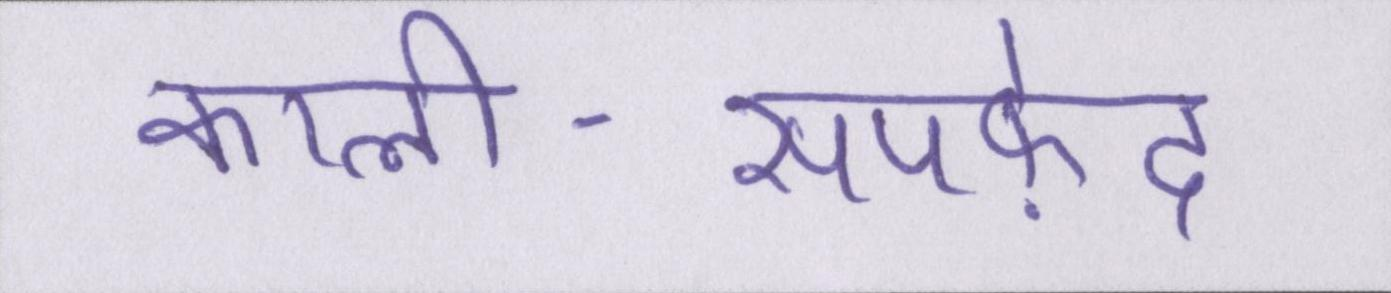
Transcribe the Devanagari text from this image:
काली-सपफ़ेद